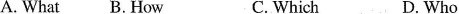
A. What B. How C. Which D. Who